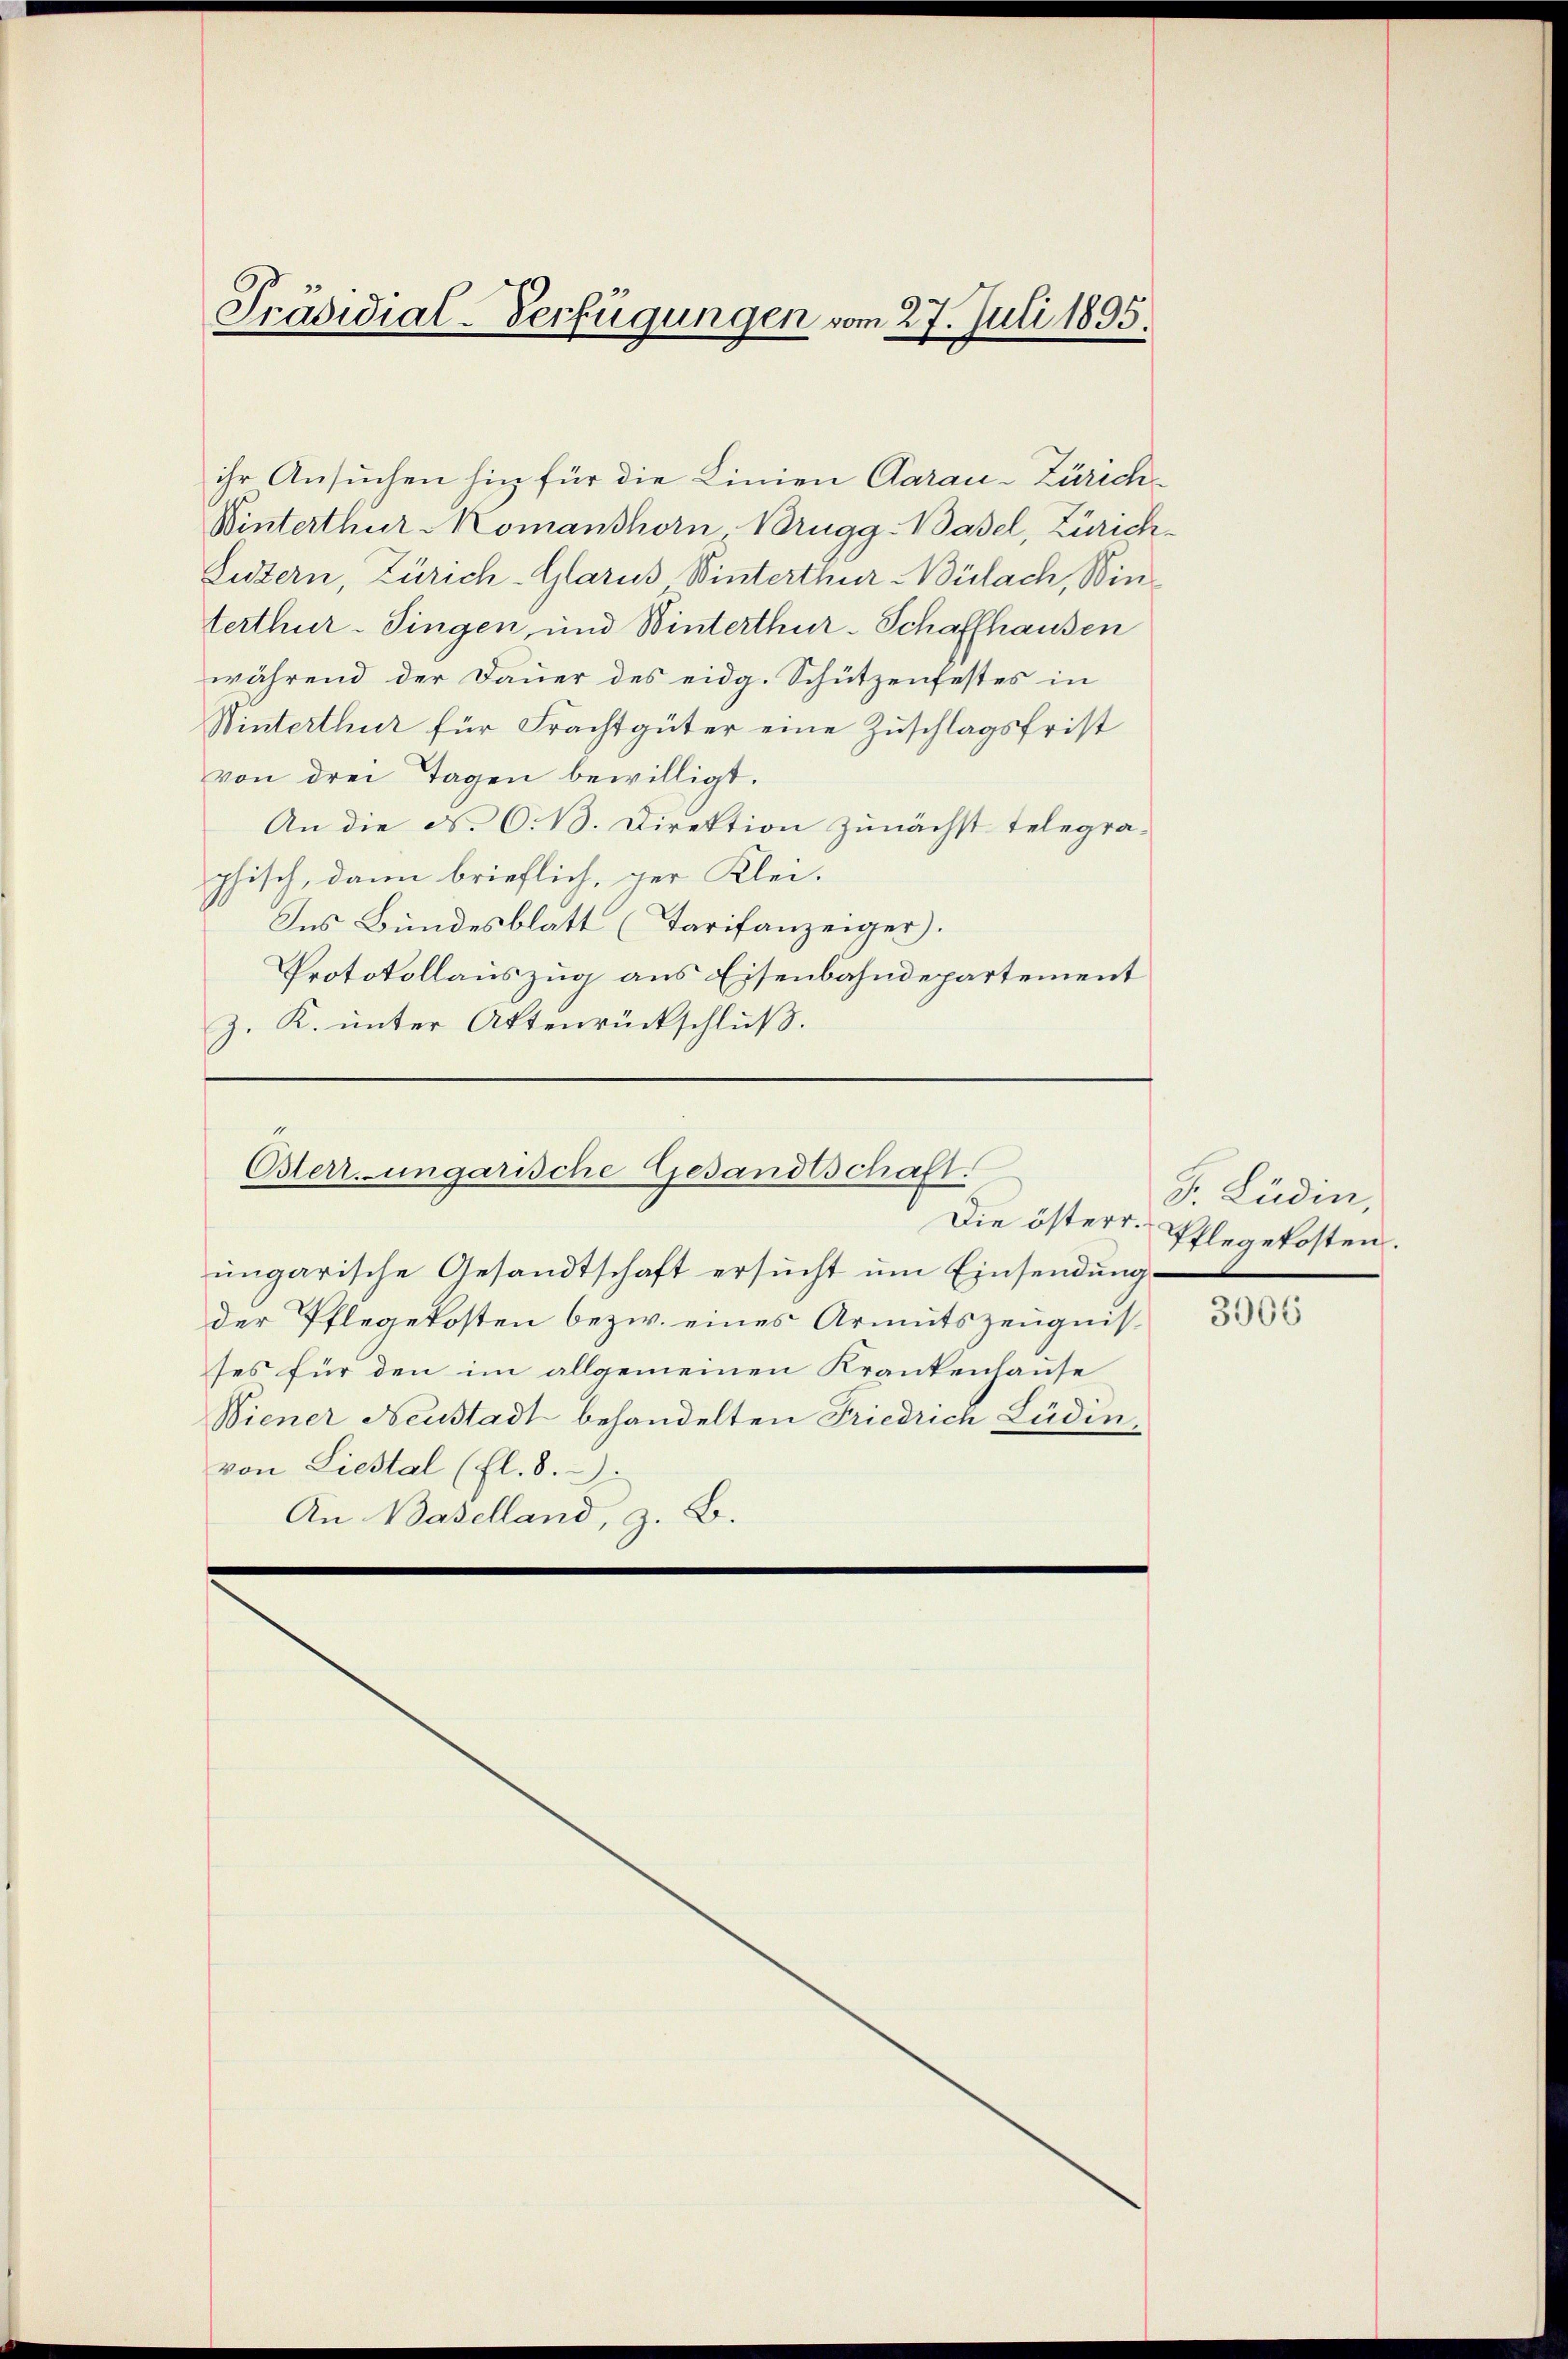
Präsidial-Verfügungen vom 27. Juli 1895.

ihr Ansuchen hin für die Linien Carau-Zürich¬
Winterthur Momanshorn, Brugg-Basel, Zürich¬
Listern, Zürich-Glarus Winterthur Bülach, Winterthur–Singen, und Winterthur-Schaffhausen
während der Dauer des eidg. Schützenfestes in
Winterthur für Frachtgüter eine Zuschlagsfrist
von drei Tagen bewilligt.
An die N. O. B. Direktion zunächst telegraphisch, dann brieflich, ger Klei¬
Ins Bundesblatt (Tarifanzeiger.
Protokollauszug aus Eisenbahndepartement
z. K. unter Aktenrückschluß.

Osterr. ungarische Gesandtschaft.
Die österr.

ungarische Gesandtschaft ersucht um Einsendung
der Pflegekosten bezw. eines Armutszeugnisses für den im allgemeinen Krankenhause
Wiener Neustadt behandelten Friedrich Lüdenvon Liestal (fl. 8.
An Baselland, z. B.

F. Lüdin,
Pflegekosten.

3906